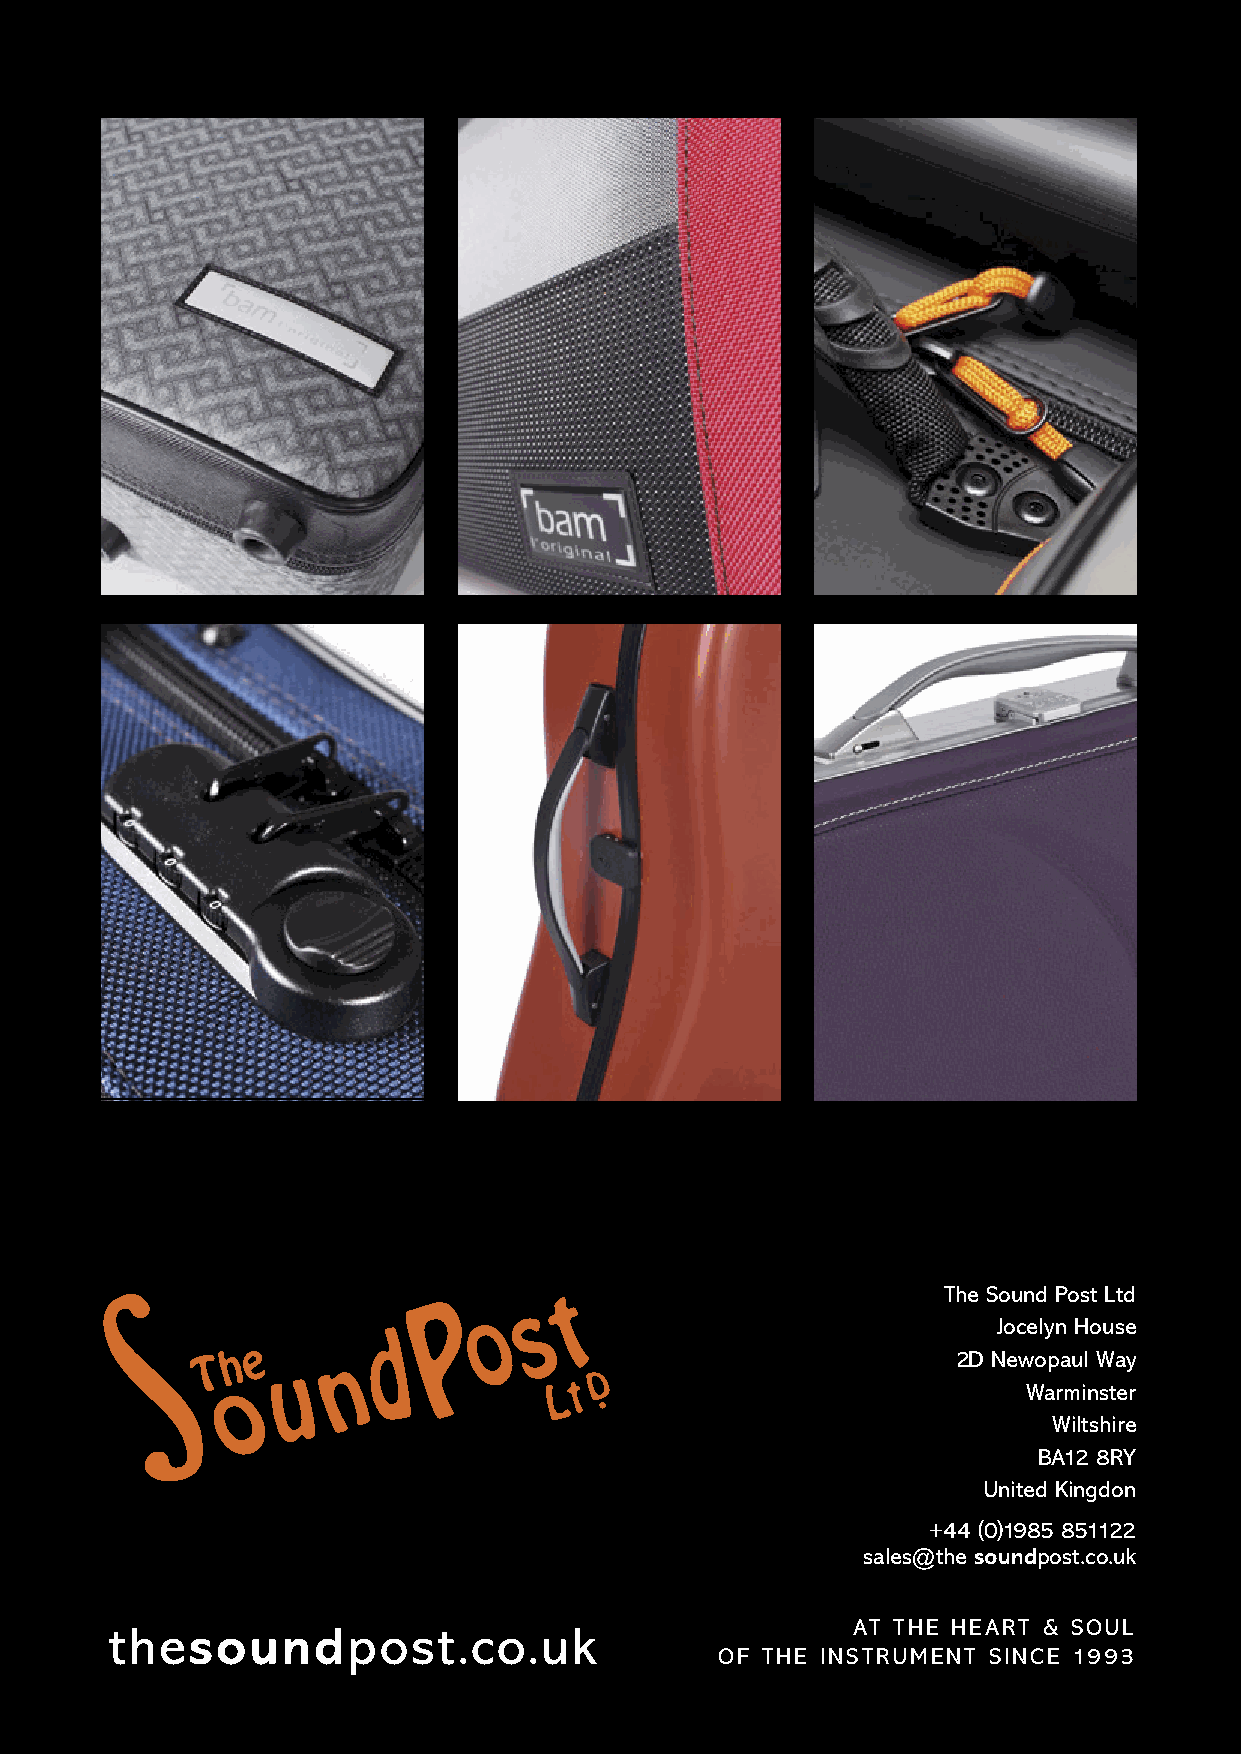
BaBcakBcCakocCvkoeCvroe.vrpe.drpf.d pf d f 1 1 1 0 9 0/ 910/291//221/0222/0122 01 2 1 1 6 1: 641:464:444
 BaBcakBcCakocCvkoeCvroe.vrpe.drpf.d pf d f 1 1 1 0 9 0/ 910/291//221/0222/0122 01 2 1 1 6 1: 641:464:444
 The So u n d Post Ltd
 Jocelyn House
 2D Newopaul Way
 Warminster
 Wiltshire
 BA12 8RY
 United Kingdon
 +44 (0)1985 851122
 sales@the soundpost.co.uk
 AT THE HEART & SOUL
 thesoundpost.co.uk
 OF THE INSTRUMENT SINCE 1993